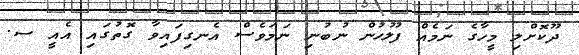
ދޫކޮށްލި މީހާގެ ނަމެއް ފުލުހުން ނުބުނި ނަމަވެސް އެނގިފައިވާ ގޮތުގައި އެއީ ސ.